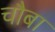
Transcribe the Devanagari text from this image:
चौबा